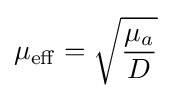
\mu _{\mathrm {eff} }={\sqrt {\frac {\mu _{a}}{D}}}